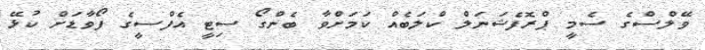
ވޭލްސްގެ ސެމީ ޕްރޮފެޝަނަލް ކްލަބެއް ކަމަށްވާ ބެންގޯ ސިޓީ އެފްސީގެ ފޯވާޑަށް ކުޅޭ